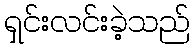
ရှင်းလင်းခဲ့သည်